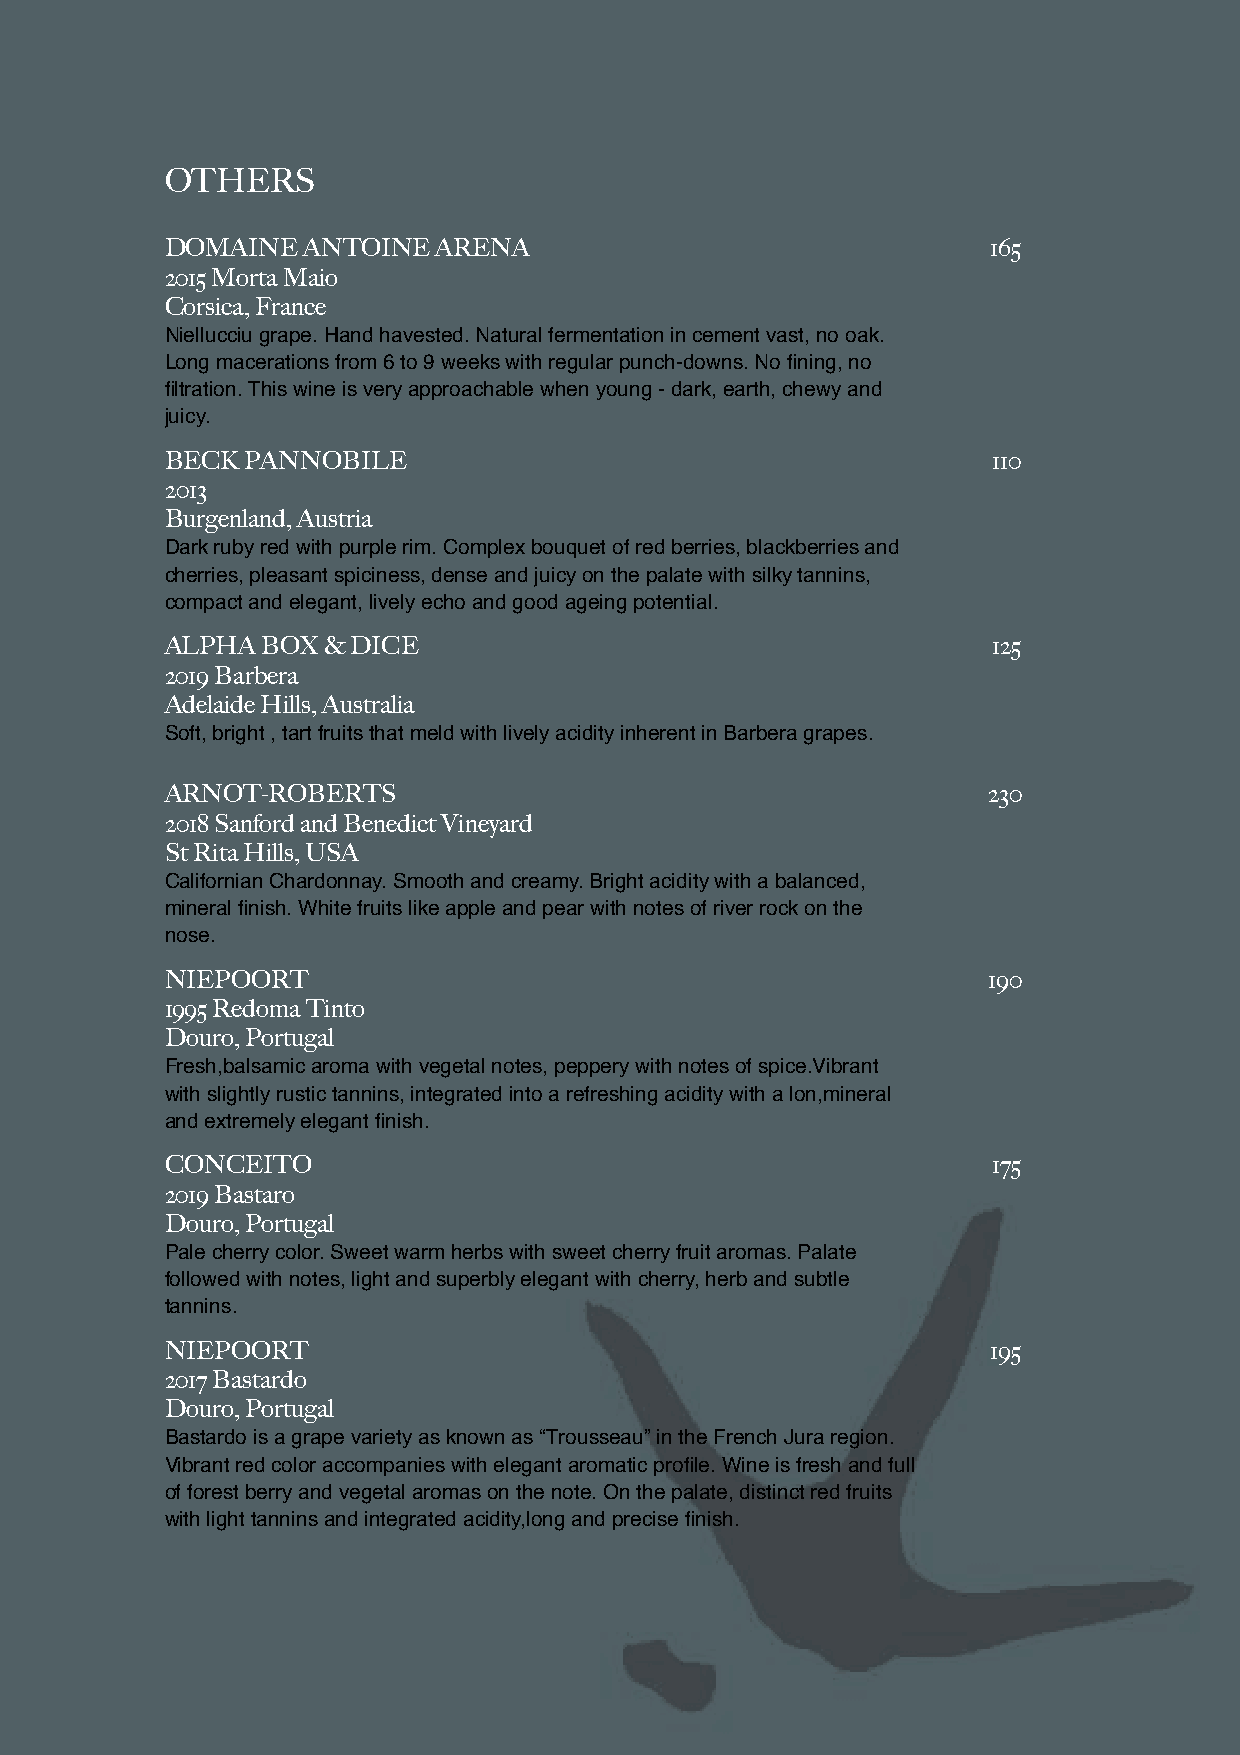
OTHERS
 DOMAINE  ANTOINE  ARENA                                165
 2015 Morta Maio
 Corsica, France
 Niellucciu grape. Hand havested. Natural fermentation in cement vast, no oak.
 Long macerations from 6 to 9 weeks with regular punch-downs. No fining, no
 filtration. This wine is very approachable when young - dark, earth, chewy and
 juicy.
 BECK PANNOBILE                                         110
 2013
 Burgenland, Austria
 Dark ruby red with purple rim. Complex bouquet of red berries, blackberries and
 cherries, pleasant spiciness, dense and juicy on the palate with silky tannins,
 compact and elegant, lively echo and good ageing potential.
 ALPHA BOX & DICE                                       125
 2019 Barbera
 Adelaide Hills, Australia
 Soft, bright , tart fruits that meld with lively acidity inherent in Barbera grapes.
 ARNOT-ROBERTS                                         230
 2018 Sanford and Benedict Vineyard
 St Rita Hills, USA
 Californian Chardonnay. Smooth and creamy. Bright acidity with a balanced,
 mineral finish. White fruits like apple and pear with notes of river rock on the
 nose.
 NIEPOORT                                              190
 1995 Redoma Tinto
 Douro, Portugal
 Fresh,balsamic aroma with vegetal notes, peppery with notes of spice.Vibrant
 with slightly rustic tannins, integrated into a refreshing acidity with a lon,mineral
 and extremely elegant finish.
 CONCEITO                                               175
 2019 Bastaro
 Douro, Portugal
 Pale cherry color. Sweet warm herbs with sweet cherry fruit aromas. Palate
 followed with notes, light and superbly elegant with cherry, herb and subtle
 tannins.
 NIEPOORT                                               195
 2017 Bastardo
 Douro, Portugal
 Bastardo is a grape variety as known as “Trousseau” in the French Jura region.
 Vibrant red color accompanies with elegant aromatic profile. Wine is fresh and full
 of forest berry and vegetal aromas on the note. On the palate, distinct red fruits
 with light tannins and integrated acidity,long and precise finish.